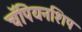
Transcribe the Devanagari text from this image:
चॅंपियनशिप